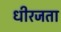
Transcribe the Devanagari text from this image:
धीरजता